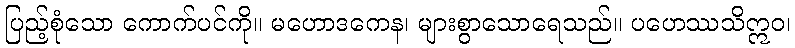
ပြည့်စုံသော ကောက်ပင်ကို။ မဟောဒကေန၊ များစွာသောရေသည်။ ပဟေဿသိဣဝ၊